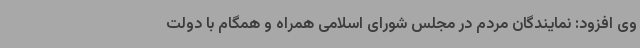
وی افزود: نمایندگان مردم در مجلس شورای اسلامی همراه و همگام با دولت